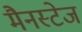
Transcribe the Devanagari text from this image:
मैनस्टेज